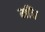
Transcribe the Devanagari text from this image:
मींच